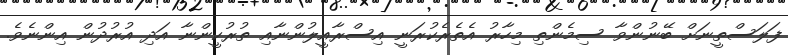
ފަލަސްތީނަށް ބޭނުންވާ ސިމެންތި މިހާރު އެތެރެކުރަނީ އިސްރާއީލުންނާއި ތުރުކީންނާ އަދި އުރުދުން އިންނެވެ.